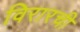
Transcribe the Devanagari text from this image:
विरारची